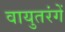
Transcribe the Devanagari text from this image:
वायुतरंगें